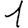
Digit: 1